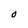
Character: O